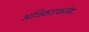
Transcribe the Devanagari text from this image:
अधिकारकर्तव्य